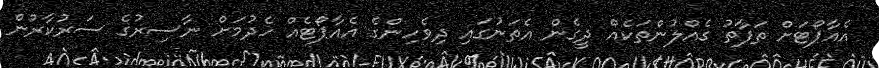
އެއާޕޯޓަށް ތަފާތު ގެއްލުންތަކެއް ދީގެން އެތަނުގައި ދިވެހިންގެ އެއާޕޯޓެއް ހެދުމަށް ނާސިރުގެ ސަރުކާރުން